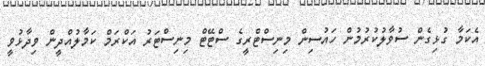
އެކަމާ ގުޅިގެން ސުވާލުކުރުމުން ހައުސިން މިނިސްޓްރީގެ ސްޓޭޓް މިނިސްޓަރު އަކްރަމް ކަމާލުއްދީން ވިދާޅުވީ